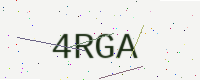
Text: 4RGA